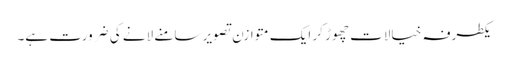
یکطرفہ خیالات چھوڑ کر ایک متوازن تصویر سامنے لانے کی ضرورت ہے۔